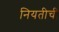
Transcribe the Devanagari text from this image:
नियतीची